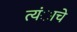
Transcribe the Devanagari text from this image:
त्यंाचे